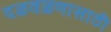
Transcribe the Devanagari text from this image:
दळवळणासाठी